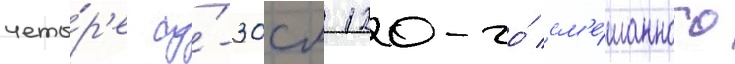
четы́р'е су́-30см 120-го́ см'е́шанного